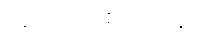
လူငယ်ကစားသမား